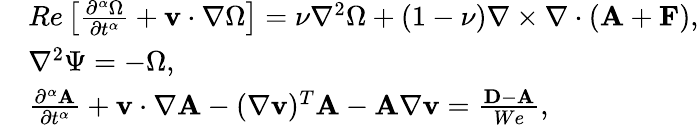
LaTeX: \begin{array}{rl}&{Re\left[\frac{\partial^{\alpha}\Omega}{\partial t^{\alpha}}+{\mathbf v}\cdot\nabla\Omega\right]=\nu\nabla^{2}\Omega+(1-\nu)\nabla\times\nabla\cdot({\mathbf A}+{\mathbf F}),}\\ &{\nabla^{2}\Psi=-\Omega,}\\ &{\frac{\partial^{\alpha}{\mathbf A}}{\partial t^{\alpha}}+{\mathbf v}\cdot\nabla{\mathbf A}-(\nabla{\mathbf v})^{T}{\mathbf A}-{\mathbf A}\nabla{\mathbf v}=\frac{{\mathbf D}-{\mathbf A}}{We},}\end{array}